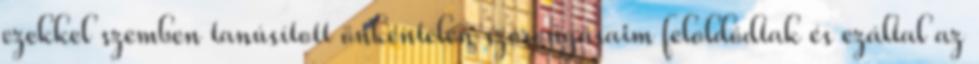
ezekkel szemben tanúsított önkéntelen szorongásaim feloldódtak és ezáltal az